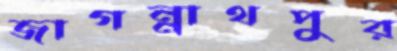
জাগন্নাথপুর